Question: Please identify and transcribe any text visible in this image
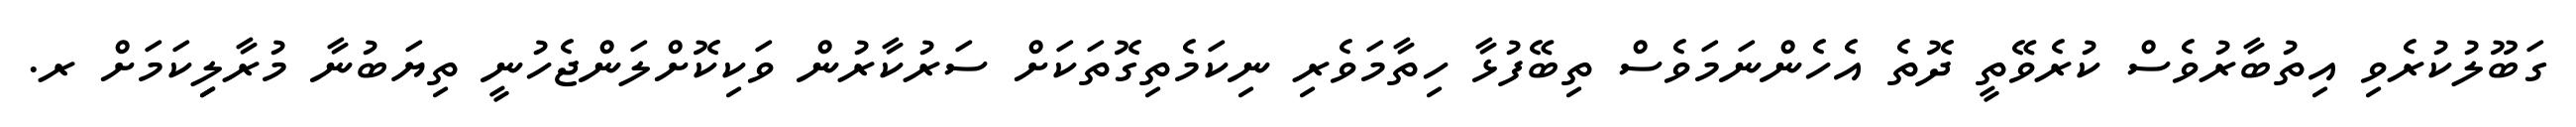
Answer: ގަބޫލުކުރެވި އިތުބާރުވެސް ކުރެވޭތީ ދޮތެ އެހެންނަމަވެސް ތިބޭފުޅާ ހިތާމަވެރި ނިކަމެތިގޮތަކަށް ސަރުކާރުން ވަކިކޮށްލަންޖެހުނީ ތިޔަބުނާ މުރާލިިކަމަށް ރ.